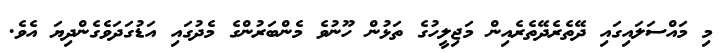
މި މައްސަލައިގައި ދޭތެރެދޭތެރެއިން މަޖިލީހުގެ ތަޅުން ހޫނުވެ މެންބަރުންގެ މެދުގައި އަޑުގަދަވެގެންދިޔަ އެވެ.